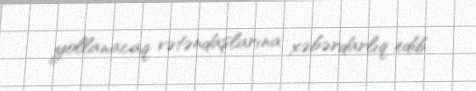
yollanacaq vətəndaşlarına xəbərdarlıq edib.